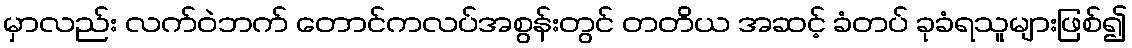
မှာလည်း လက်ဝဲဘက် တောင်ကလပ်အစွန်းတွင် တတိယ အဆင့် ခံတပ် ခုခံရသူများဖြစ်၍